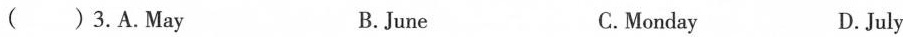
( )3.A.May B.June C.Monday D.July